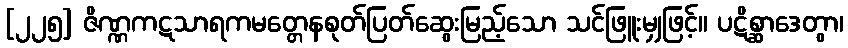
[၂၂၅] ဇိဏ္ဏကဋသာရကမတ္တေနစုတ်ပြတ်ဆွေးမြည့်သော သင်ဖြူးမျှဖြင့်။ ပဋိစ္ဆာဒေတွာ၊